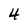
Character: 4